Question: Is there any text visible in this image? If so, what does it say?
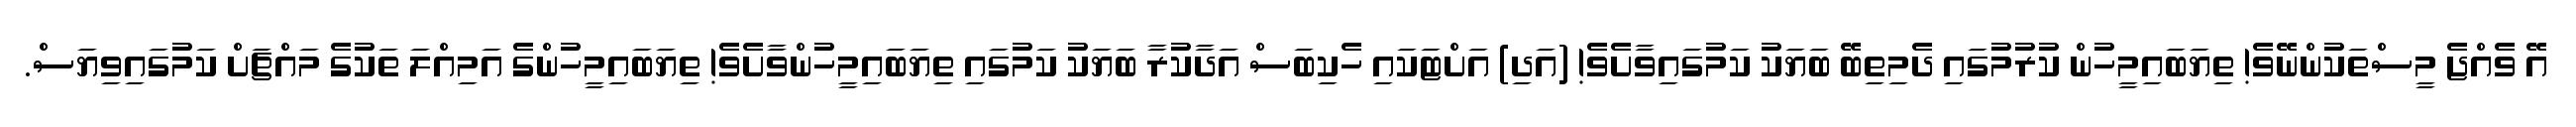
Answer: އޭ ވެއްޖެ މީސްތަކުންނޭވެ! ތިޔަބައިމީހުން ކުރުމުގައި ދެމިތިބޭ ބަޔަކު ކަމުގައިވާށެވެ! (އަދި) އަށްޓަކައި ހެކިބަސް އަދާކުރާ ބަޔަކު ކަމުގައި ތިޔަބައިމީހުންވާށެވެ! ތިޔަބައިމީހުންގެ އަމިއްލަ ތަކުގެ މައްޗަށް ކަމުގައިވިޔަސް.